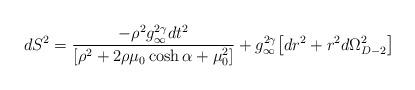
LaTeX: \begin{align*}dS^2 = \frac{-\rho^2 g_\infty^{2\gamma}dt^2} {[\rho^2 +2\rho\mu_0\cosh\alpha+\mu_0^2]}+ g_\infty^{2\gamma}\bigl[dr^2 +r^2 d\Omega_{D-2}^2\bigr]\end{align*}